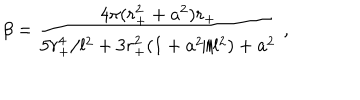
\beta = { \frac { 4 \pi ( r _ { + } ^ { 2 } + a ^ { 2 } ) r _ { + } } { 5 r _ { + } ^ { 4 } / l ^ { 2 } + 3 r _ { + } ^ { 2 } ( 1 + a ^ { 2 } / l ^ { 2 } ) + a ^ { 2 } } } \ ,